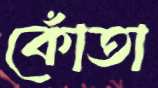
কোঁতা